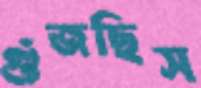
গুঁজছিস